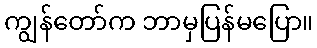
ကျွန်တော်က ဘာမှပြန်မပြော။